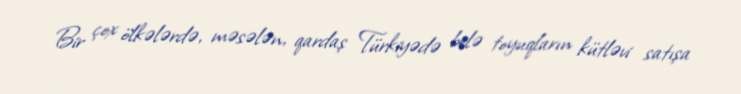
Bir çox ölkələrdə, məsələn, qardaş Türkiyədə belə toyuqların kütləvi satışa